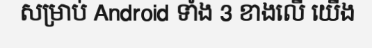
សម្រាប់ Android ទាំង 3 ខាងលើ យើង